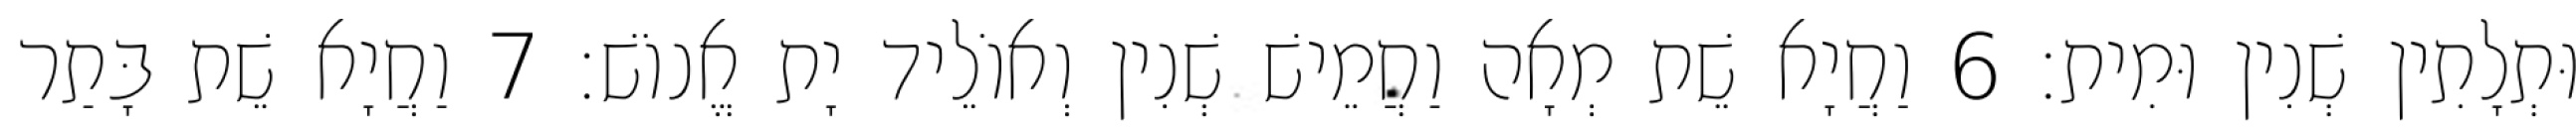
וּתְלָתִין שְׁנִין וּמִית׃ 6 וַחֲיָא שֵׁת מְאָה וַחֲמֵישׁ שְׁנִין וְאוֹלֵיד יָת אֱנוֹשׁ׃ 7 וַחֲיָא שֵׁת בָּתַר